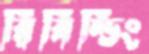
রিবিল্ডিং